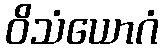
ဝိသံယောဂံ